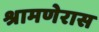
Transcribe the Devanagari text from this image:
श्रामणेरास